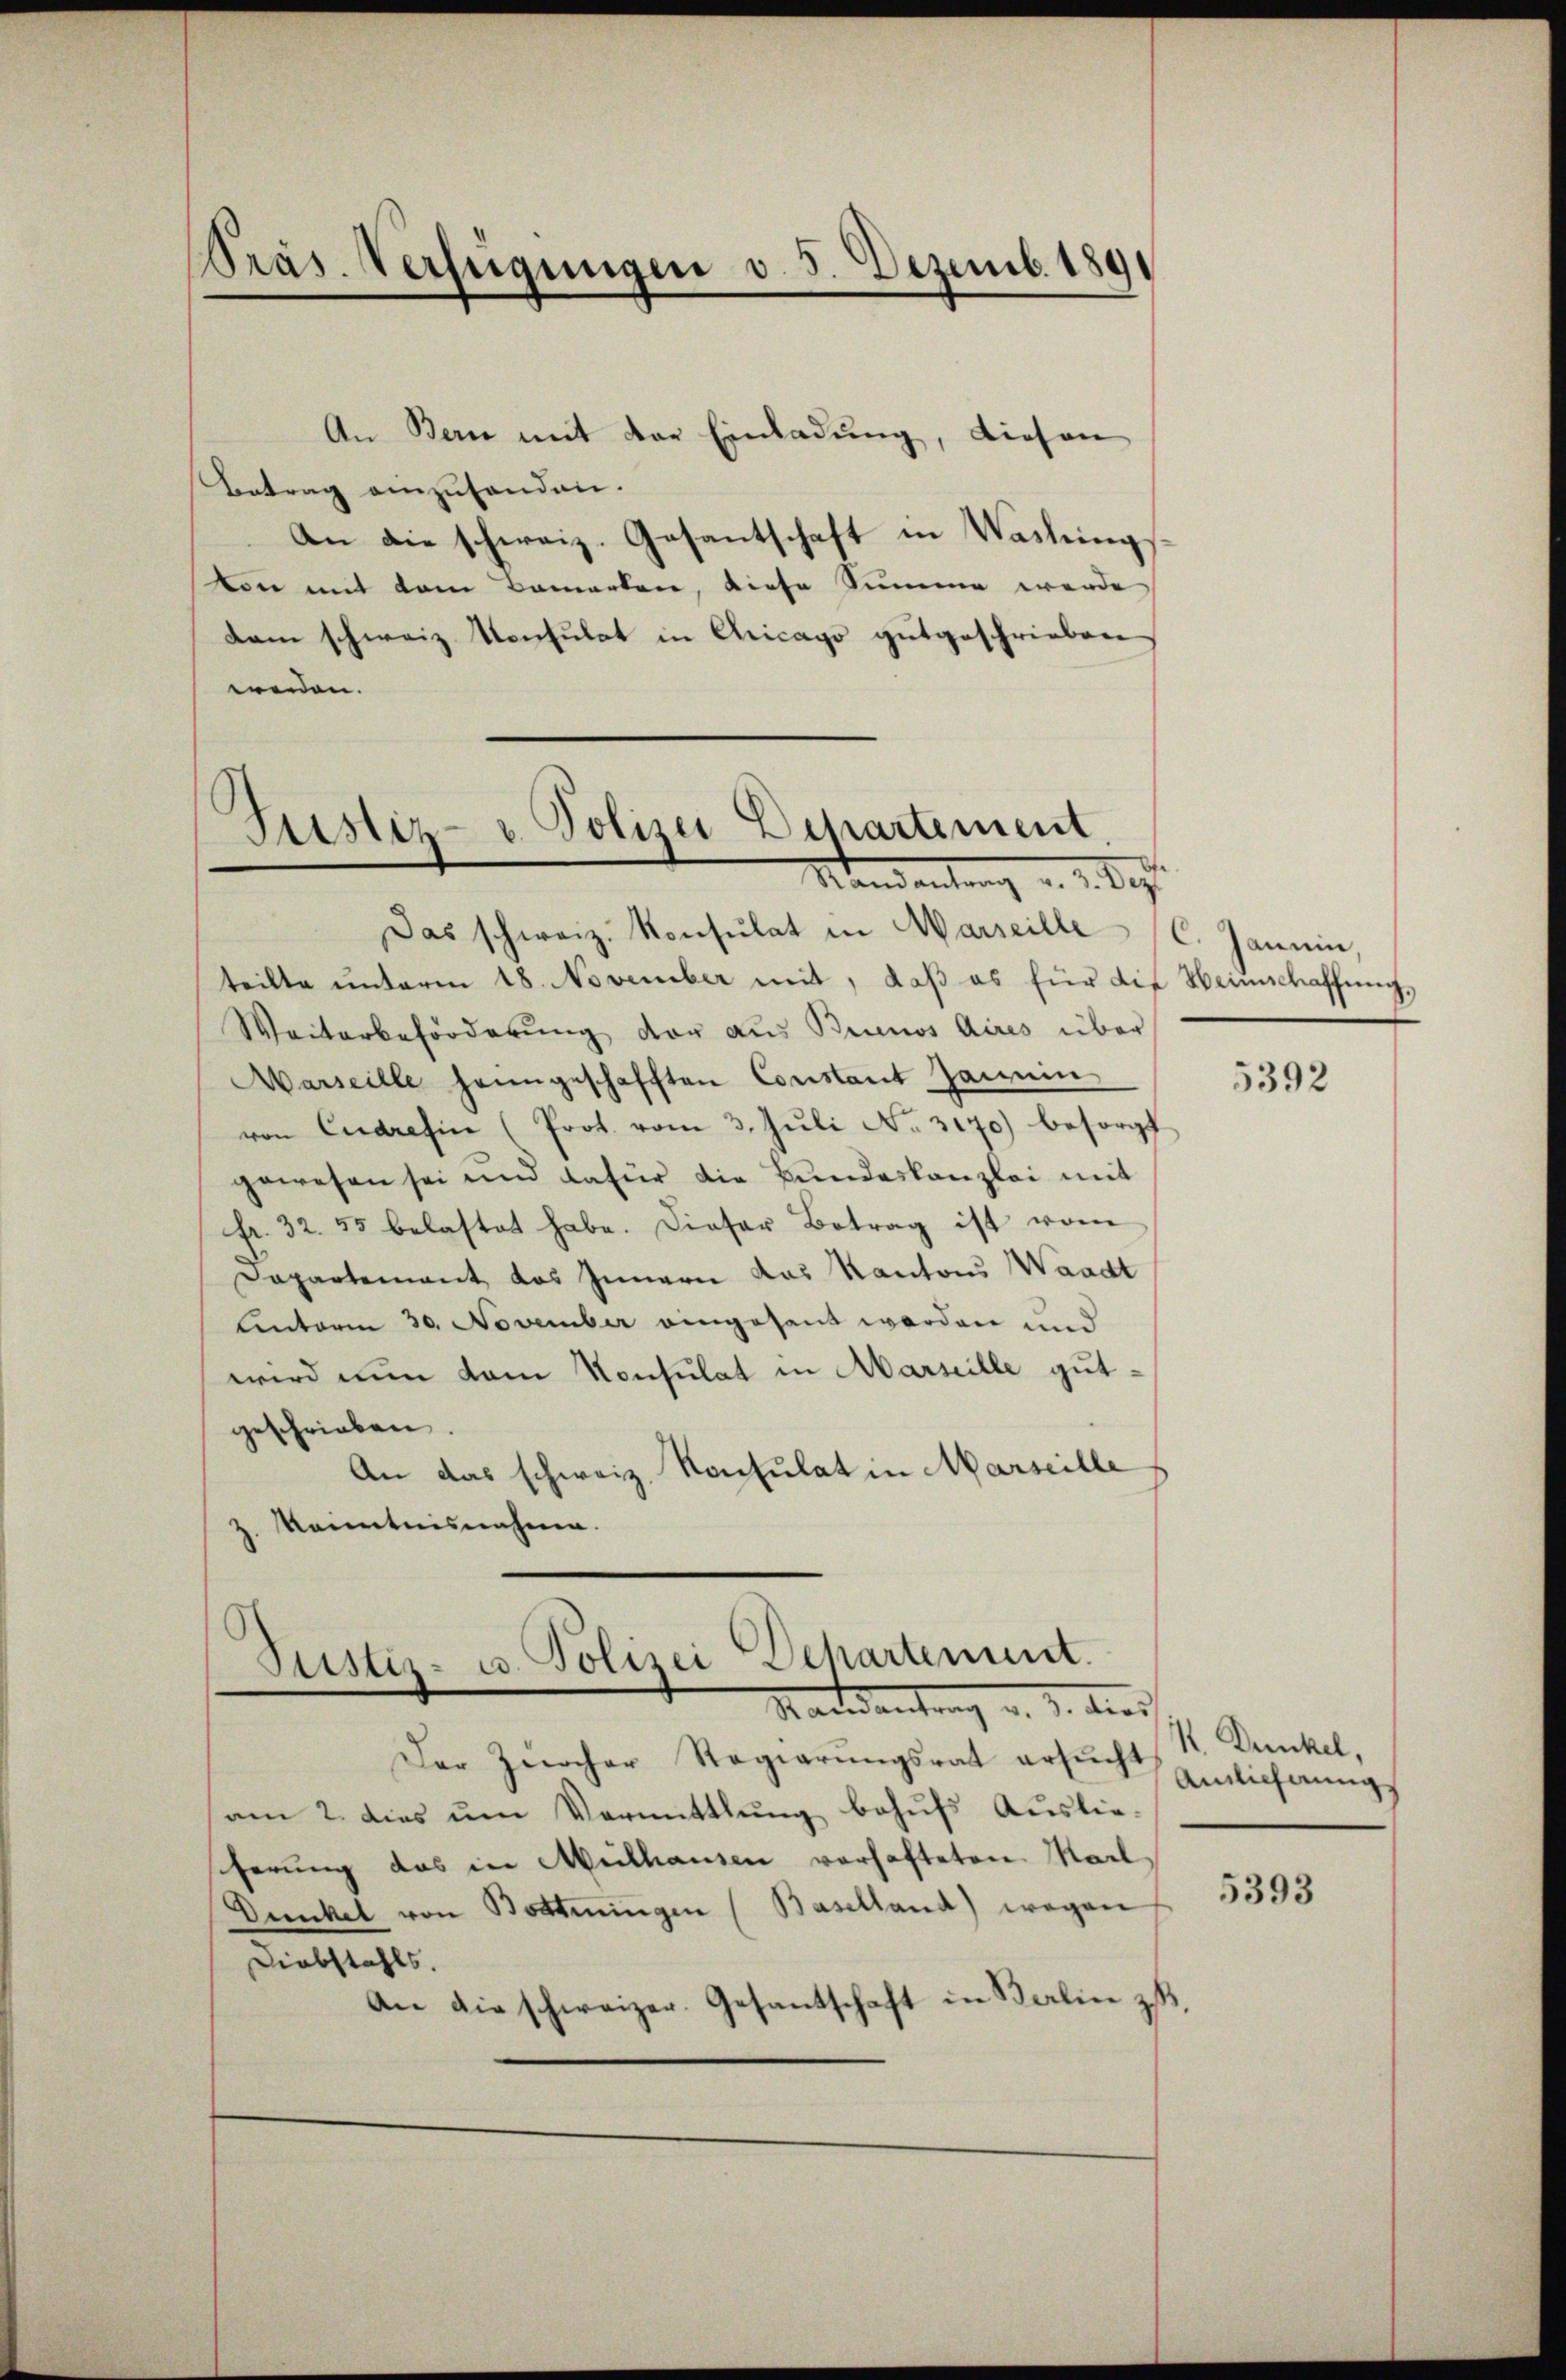
Präs. Verfügungen d. 5. Dezemb. 1891

An Bern mit der Einladung, diesen
Betrag einzuhanden.
An die schweiz. Gesantschaft in Washingsvon mit dem Bemerken, diese Summe werde
dam schweiz. Konsulat in Chicago gutgeschrieben
weiden.

Justiz- u. Polizei Behartement
Mandantung u. v. Sept.

Justiz- u. Polizei-Departement.
Macedantrag d. d. dies

Das schweiz. Konsulat in Warseille C. Jannin,
teilte ŭnterm 18. November mit, daβ es für die Weinschaffŭng,
Weiterbeförderung der aus Brunos Aires über
Warseille heimgeschafften Constant Janein
von Cudrafin (Prot. vom 3. Jŭli No. 3170) besorgt
gewesen sei und dafür die Bundeskanzlei mit
fr. 32. 55 belastet habe. Dieser Betrag ist vom
Dapartement das Innern das Kantons Waadt
Unterm 30. November eingesant werden und
wird nun dem Konsulat in Marseille gutgeschrieben.
An das schweiz. Konsulat in Marseille
z. Kenntnisnahme.

Der Zürcher Regierŭngsrat ersŭcht Einlicherungs
am 2. dies um Vermittlung behufs Ausliecherung das in Mülhausen vorhafteten. Mail
Dunkel von Bottingen (Baselland) wegen
Diebstahls.
An die schweizer. Gesantschaft in Karlin z.

5392

K. Dunkel,

5393